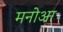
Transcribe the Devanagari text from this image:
मनोआ